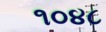
૧૦૪૮